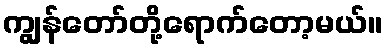
ကျွန်တော်တို့ရောက်တော့မယ်။